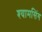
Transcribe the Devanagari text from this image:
श्यामसिंग